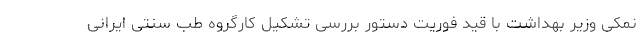
نمکی وزیر بهداشت با قید فوریت دستور بررسی تشکیل کارگروه طب سنتی ایرانی